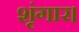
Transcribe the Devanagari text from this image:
शृंगार।